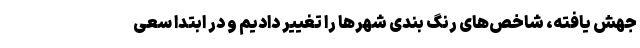
جهش یافته، شاخص‌های رنگ بندی شهر‌ها را تغییر دادیم و در ابتدا سعی